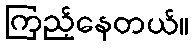
ကြည့်နေတယ်။